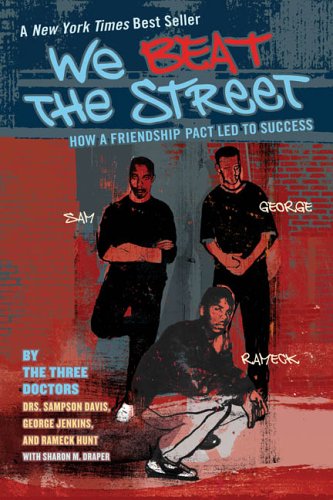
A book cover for We Beat the Street: How a Friendship Pact Led to Success; Sampson Davis; Biographies & Memoirs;